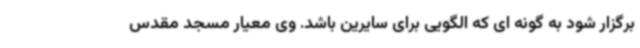
برگزار شود به گونه ای که الگویی برای سایرین باشد. وی معیار مسجد مقدس